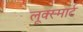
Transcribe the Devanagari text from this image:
लूक्स्मार्ट